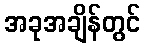
အခုအချိန်တွင်